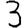
Digit: 3